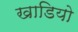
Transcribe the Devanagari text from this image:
खाडियो